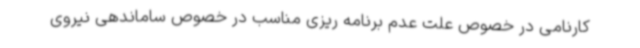
کارنامی در خصوص علت عدم برنامه ریزی مناسب در خصوص ساماندهی نیروی